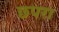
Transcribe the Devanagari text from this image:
छ्परा